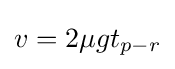
v=2\mu gt_{p-r}